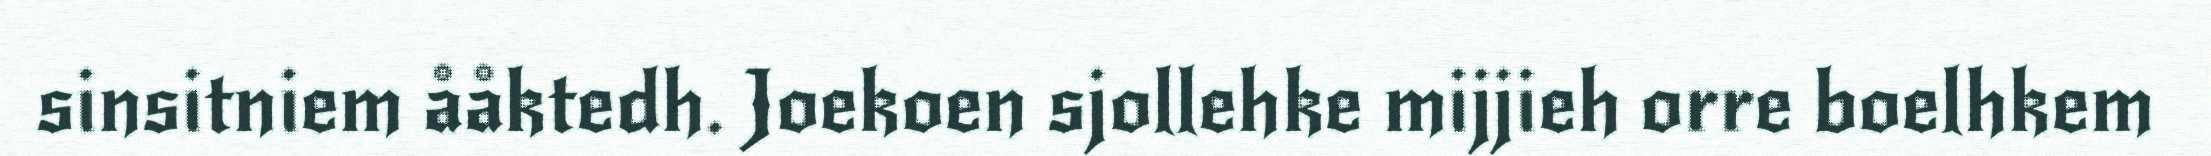
sinsitniem ååktedh. Joekoen sjollehke mijjieh orre boelhkem